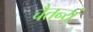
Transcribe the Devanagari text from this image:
चैतन्यं